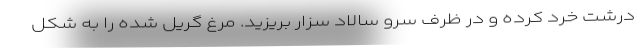
درشت خرد کرده و در ظرف سرو سالاد سزار بریزید. مرغ گریل شده را به شکل